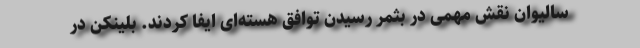
سالیوان نقش مهمی در بثمر رسیدن توافق هسته‌ای ایفا کردند. بلینکن در